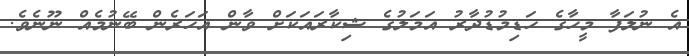
އެ ނުލަފާ މީހާގެ ހަޑިމުޑުދާރު އަމަލުގެ ޝިކާރައަކަށް ވާން އަހަރެން ބޭނުމެއް ނޫނެވެ.